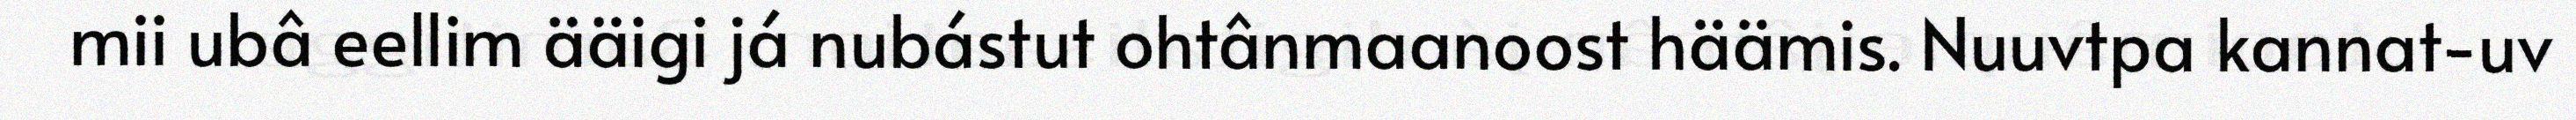
mii ubâ eellim ääigi já nubástut ohtânmaanoost häämis. Nuuvtpa kannat-uv